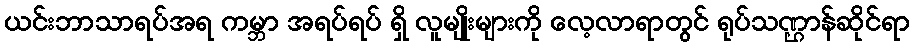
ယင်းဘာသာရပ်အရ ကမ္ဘာ အရပ်ရပ် ရှိ လူမျိုးများကို လေ့လာရာတွင် ရုပ်သဏ္ဌာန်ဆိုင်ရာ